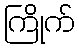
ကြိုက်